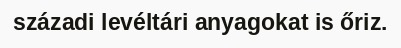
századi levéltári anyagokat is őriz.